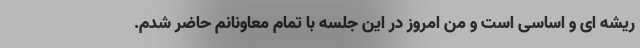
ریشه ای و اساسی است و من امروز در این جلسه با تمام معاونانم حاضر شدم.